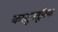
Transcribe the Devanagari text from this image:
कस्तुनतूनिया